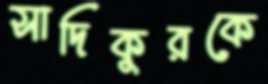
সাদিকুরকে